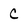
Character: C